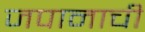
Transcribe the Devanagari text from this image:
जपानाची